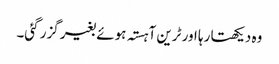
وہ دیکھتا رہا اور ٹرین آہستہ ہوئے بغیر گزر گئی۔